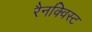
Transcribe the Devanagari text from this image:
रैनक्विस्ट